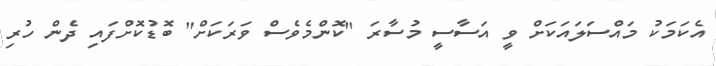
އެކަމަކު މައްސަލައަކަށް ވީ އަސާސީ މުސާރަ "ކޮންމެވެސް ވަރަކަށް" ބޮޑުކޮށްފައި ދެން ހުރި